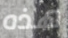
هذه